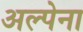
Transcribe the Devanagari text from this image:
अल्पेना